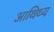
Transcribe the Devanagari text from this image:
आथिथ्य